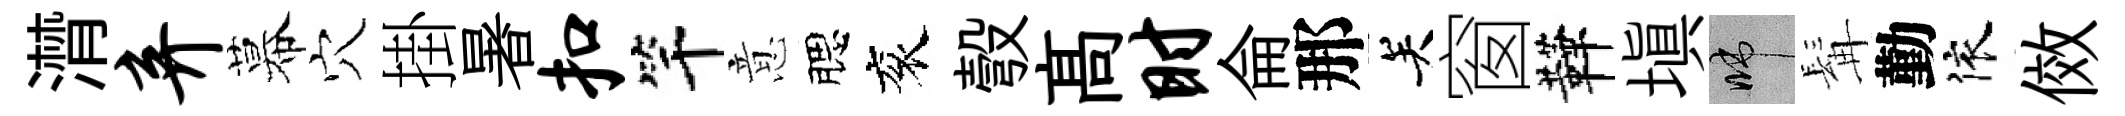
潸弃幕穴掛暑扣竿意腮衮彀髙时侖那关窗鞾塡啼髯勤依傚